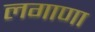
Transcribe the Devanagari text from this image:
लगाणा